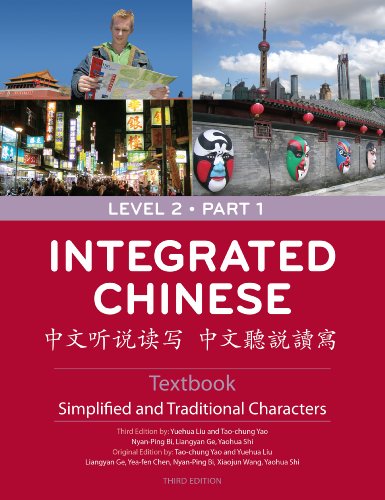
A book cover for Integrated Chinese: Level 2, Part 1 (Simplified and Traditional Character) Textbook (Chinese Edition); Yuehua Liu; Reference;